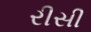
રીસી